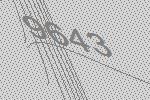
9643